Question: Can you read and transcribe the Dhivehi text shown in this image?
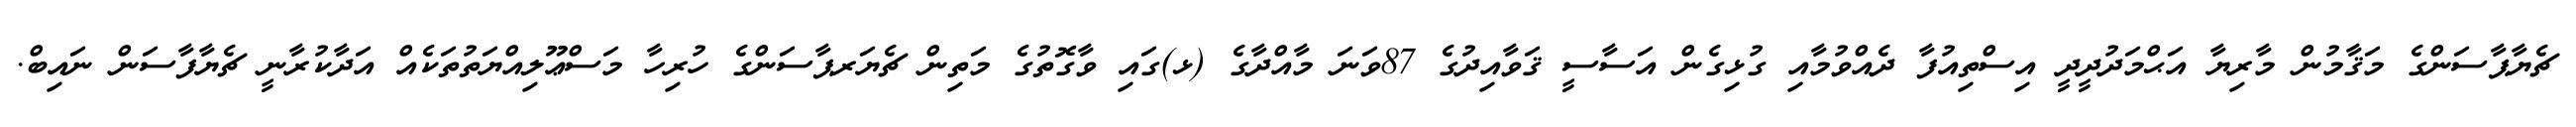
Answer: ޗެޔާޕާސަންގެ މަޤާމުން މާރިޔާ އަޙްމަދުދީދީ އިސްތިއުފާ ދެއްވުމާއި ގުޅިގެން އަސާސީ ޤަވާއިދުގެ 87ވަނަ މާއްދާގެ (ޅ)ގައި ވާގޮތުގެ މަތިން ޗެޔަރޕާސަންގެ ހުރިހާ މަސްޢޫލިއްޔަތުތަކެއް އަދާކުރާނީ ޗެޔާފާސަން ނައިބް.